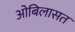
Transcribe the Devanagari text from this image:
ओबिलासत